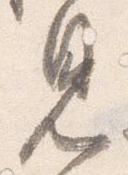
見